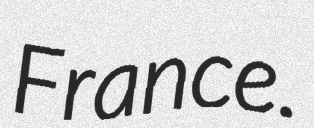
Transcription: France.